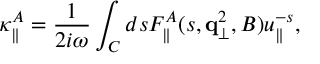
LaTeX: \kappa _ { \parallel } ^ { A } = { \frac { 1 } { 2 i \omega } } \int _ { C } d s F _ { \parallel } ^ { A } ( s , { \bf q } _ { \bot } ^ { 2 } , B ) u _ { \parallel } ^ { - s } ,